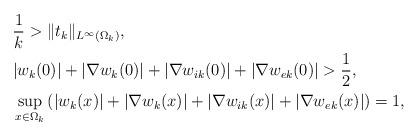
LaTeX: \begin{align*}&\frac{1}{k}>\|t_k\|_{L^\infty(\Omega_k)}, \\&|w_k(0)|+|\nabla w_k(0)|+|\nabla w_{ik}(0)|+|\nabla w_{ek}(0)|>\frac{1}{2}, \\&\displaystyle\sup_{x\in\Omega_k}\left(|w_k(x)|+|\nabla w_k(x)|+|\nabla w_{ik}(x)|+|\nabla w_{ek}(x)|\right)=1, \end{align*}